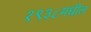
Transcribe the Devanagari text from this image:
१९३८मधील